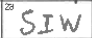
Transcription: SIW